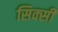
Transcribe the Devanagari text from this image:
सिक्सी